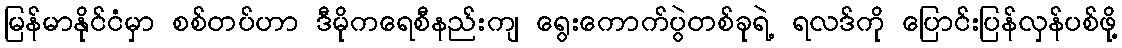
မြန်မာနိုင်ငံမှာ စစ်တပ်ဟာ ဒီမိုကရေစီနည်းကျ ရွေးကောက်ပွဲတစ်ခုရဲ့ ရလဒ်ကို ပြောင်းပြန်လှန်ပစ်ဖို့